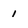
Character: i